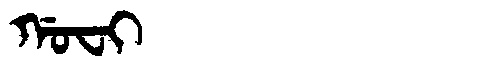
Manchu: ᡤᠣᠸᡳ
Romanization: GOFI